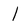
Character: 1